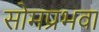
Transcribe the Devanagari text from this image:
सोमप्रभवा